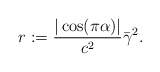
\begin{align*} \displaystyle r:=\frac{|\cos(\pi \alpha)|}{c^2}\bar \gamma^2.\end{align*}